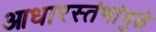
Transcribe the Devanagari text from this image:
आधारस्तंभांमुळे